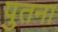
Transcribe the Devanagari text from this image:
पुतना